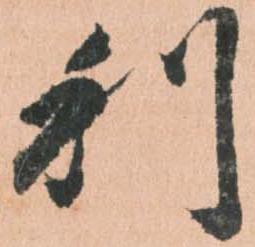
利